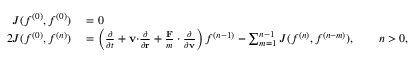
\begin{array} { r l } { J ( f ^ { ( 0 ) } , f ^ { ( 0 ) } ) } & { { } = 0 } \\ { 2 J ( f ^ { ( 0 ) } , f ^ { ( n ) } ) } & { { } = \left( { \frac { \partial } { \partial t } } + \mathbf { v \cdot } { \frac { \partial } { \partial \mathbf { r } } } + { \frac { \mathbf { F } } { m } } \cdot { \frac { \partial } { \partial \mathbf { v } } } \right) f ^ { ( n - 1 ) } - \sum _ { m = 1 } ^ { n - 1 } J ( f ^ { ( n ) } , f ^ { ( n - m ) } ) , \qquad n > 0 , } \end{array}